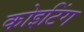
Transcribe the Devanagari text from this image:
कोइटिंग